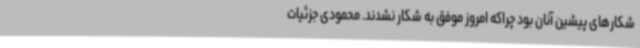
شکارهای پیشین آنان بود چراکه امروز موفق به شکار نشدند. محمودی جزئیات